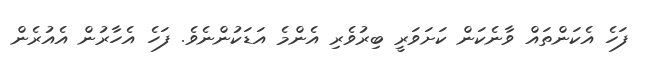
ފަހެ އެކަންތައް ވާނެކަން ކަށަވަރީ ބިރުވެރި އެންމެ އަޑަކުންނެވެ. ފަހެ އެހާރުން އެއުރެން